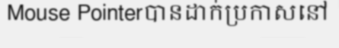
Mouse Pointerបានដាក់ប្រកាសនៅ